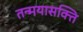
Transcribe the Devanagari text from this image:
तन्मयासक्ति